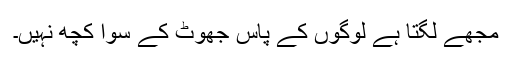
مجھے لگتا ہے لوگوں کے پاس جھوٹ کے سوا کچھ نہیں۔